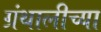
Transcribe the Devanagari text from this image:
ग्रंथालीच्‍या